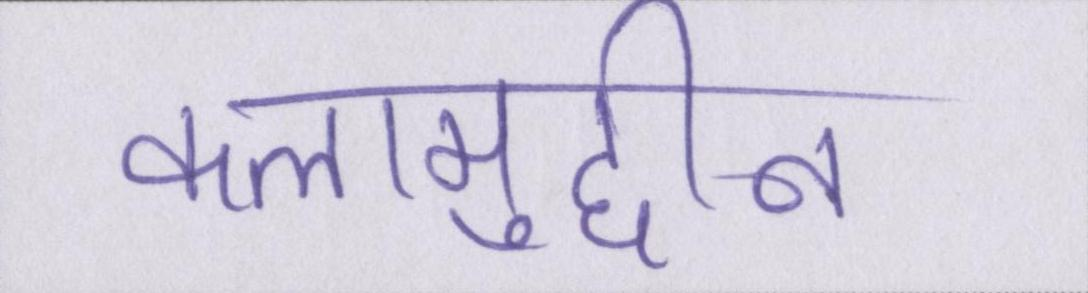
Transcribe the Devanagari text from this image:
कलामुद्दीन